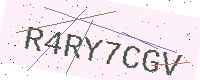
Text: R4RY7CGV